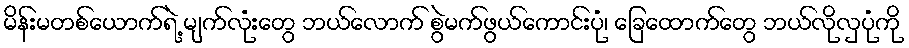
မိန်းမတစ်ယောက်ရဲ့ မျက်လုံးတွေ ဘယ်လောက် စွဲမက်ဖွယ်ကောင်းပုံ၊ ခြေထောက်တွေ ဘယ်လိုလှပုံကို